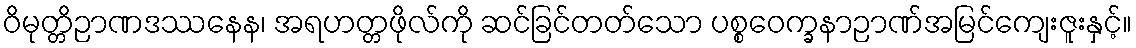
ဝိမုတ္တိဉာဏဒဿနေန၊ အရဟတ္တဖိုလ်ကို ဆင်ခြင်တတ်သော ပစ္စဝေက္ခနာဉာဏ်အမြင်ကျေးဇူးနှင့်။